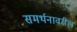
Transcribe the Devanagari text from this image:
समर्थनावरील